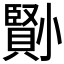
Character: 𡮺